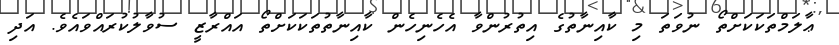
ޢާލަމްތަކަކަށްތޯ ނުވަތަ މި ކާއިނާތުގެ އިތުރުންވާ އެހެނިހެން ކާއިނާތުތަކަކަށްތޯ އައްރާޒީ ސުވާލުކުރައްވައެވެ. އަދި